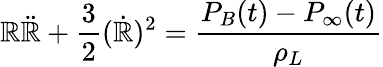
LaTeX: \mathbb{R}\ddot{{\mathbb{R}}}+\frac{{3}}{{2}}(\dot{{\mathbb{R}}})^{2}=\frac{{P_{B}(t)-P_{\infty}(t)}}{{\rho_{L}}}